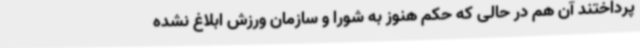
پرداختند آن هم در حالی که حکم هنوز به شورا و سازمان ورزش ابلاغ نشده